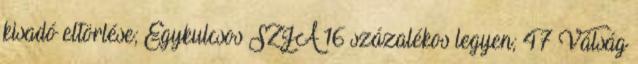
kisadó eltörlése; Egykulcsos SZJA 16 százalékos legyen; 47 Válság